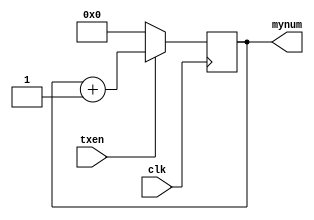
module data_num(
	input clk,
	input txen,
	output reg [12:0] mynum
);
	
	always @(posedge clk)begin
		if(txen)begin
			mynum <= mynum + 'b1;
		end else begin
			mynum <= 13'b0;
		end
	end
	
endmodule